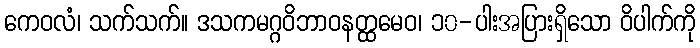
ကေဝလံ၊ သက်သက်။ ဒသကမဂ္ဂဝိဘာဝနတ္ထမေဝ၊ ၁၀-ပါးအပြားရှိသော ဝိပါက်ကို